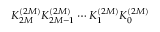
K _ { 2 M } ^ { ( 2 M ) } K _ { 2 M - 1 } ^ { ( 2 M ) } \cdots K _ { 1 } ^ { ( 2 M ) } K _ { 0 } ^ { ( 2 M ) }